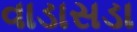
વાડાસડા